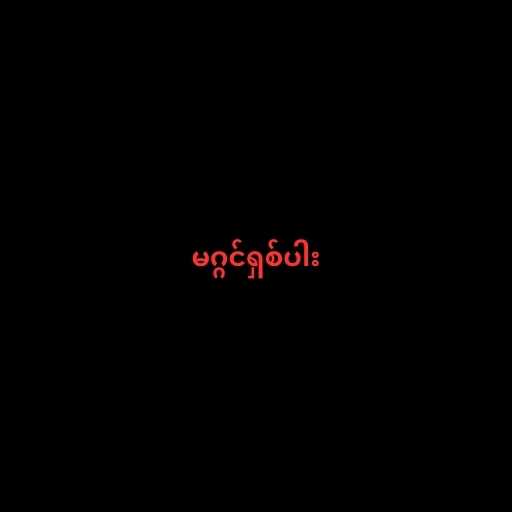
မဂ္ဂင်ရှစ်ပါး